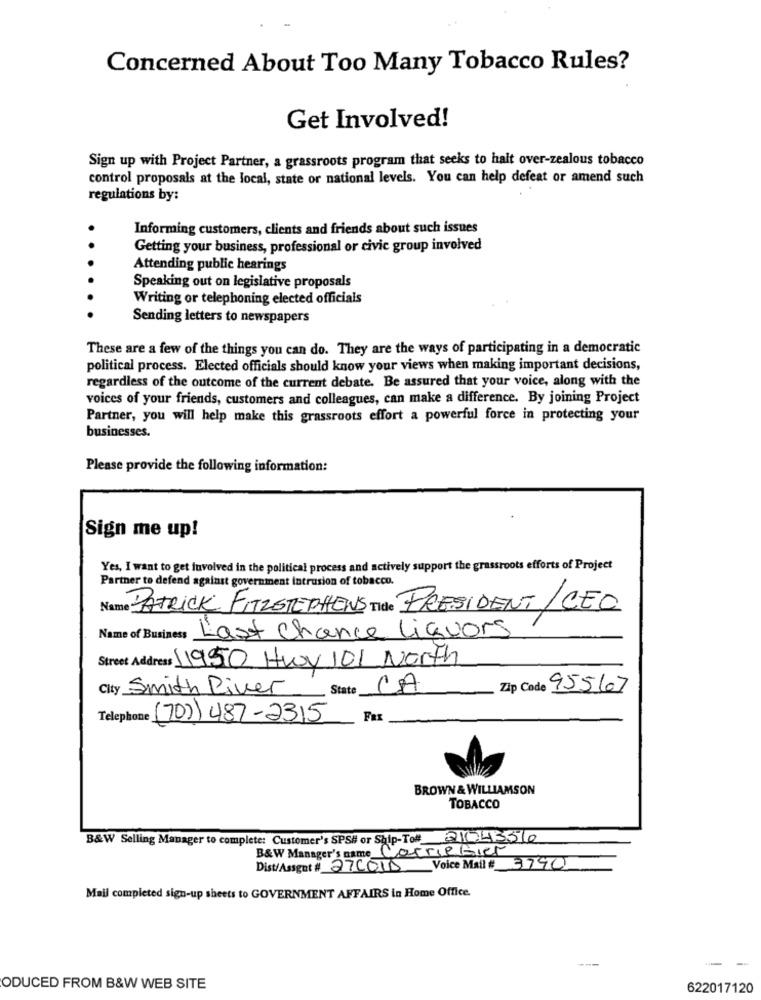
Concerned About Too Many Tobacco Rules?
Get Involved!
Sign up with Project Partner, a grassroots program that seeks to hait over-zealous tobacco
control proposals at the local, state or national levels. You can help defeat or amend such
regulations by:
Informing customers, clients and friends about such issues
Getting your business, professional or civic group involved
Attending public hearings
Speaking out on legislative proposals
Writing or telephoning elected officials
Sending letters to newspapers
These are a few of the things you can do. They are the ways of participating in a democratic
political process. Elected officials should know your views when making important decisions,
regardless of the outcome of the current debate. Be assured that your voice, along with the
voices of your friends, customers and colleagues, can make a difference. By joining Project
Partner, you will help make this grassroots effort a powerful force in protecting your
businesses.
Please provide the following information:
Sign me up!
Yes, I want to get involved in the political process and actively support the grassroots efforts of Project
Partner to defend against government intrusion of tobacco.
Name PATRICK FITZSTEPHENS Tide PRESIDENT /CEO
Name of Business Last Chance Liquors
Street Address 1950 Hwy 101 North
City Smith River
State
CA
Zip Code 95567
Telephone (70)) 487-2315
Far
BROWN & WILLIAMSON
TOBACCO
B&W Selling Manager to complete: Customer's SPS# or Ship-To# 1043560
B&W Manager's name CarrieBier
Dist/Assget # 27001D Voice Mail # 3790
Mail completed sign-up sheets to GOVERNMENT AFFAIRS in Home Office.
-
-
ODUCED FROM B&W WEB SITE
622017120